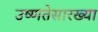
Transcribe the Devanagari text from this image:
उष्णतेसारख्या